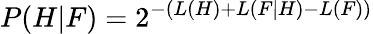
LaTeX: P(H|F)=2^{-(L(H)+L(F|H)-L(F))}